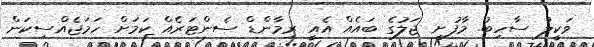
ވަކީލު ސާހިބު. މާފުށީ ޖަލުގެ ބައެއް އެއީ ރިމާންޑް ސެންޓަރެއް ކަމަށް ހަމަޖެއްސިކަން